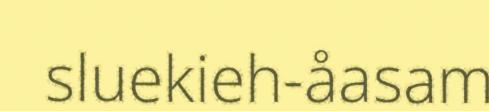
sluekieh-åasam